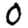
Digit: 0